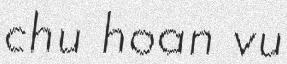
chu hoan vu